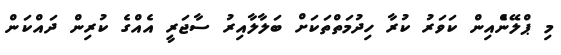
މި ޕްލޭންެއިން ކަވަރު ކުރާ ހިދުމަތްތަކަށް ބަލާލާއިރު ސާޖަރީ އެއްގެ ކުރިން ދައްކަން